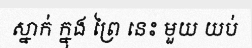
ស្នាក់ ក្នុង ព្រៃ នេះ មួយ យប់